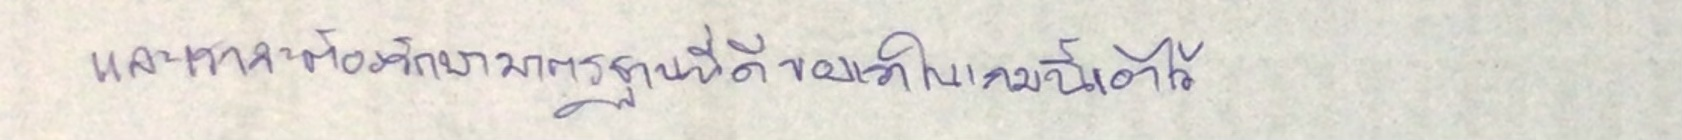
และเราจะต้องรักษามาตรฐานที่ดีของเราในเกมนี้เอาไว้